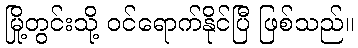
မြို့တွင်းသို့ ဝင်ရောက်နိုင်ပြီ ဖြစ်သည်။